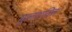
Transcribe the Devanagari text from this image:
मूलशक्ति